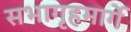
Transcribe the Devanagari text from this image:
सभागृहमार्गे